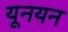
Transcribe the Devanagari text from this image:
यूनयन